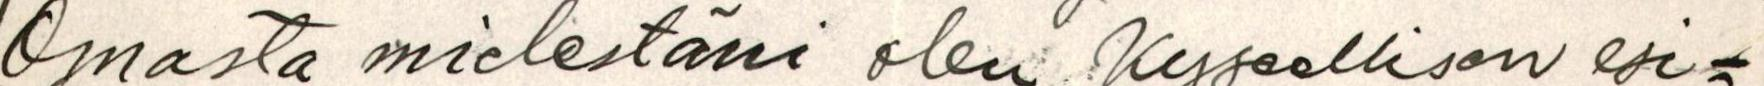
Omasta mielestäni olen Kyseellisen esi=